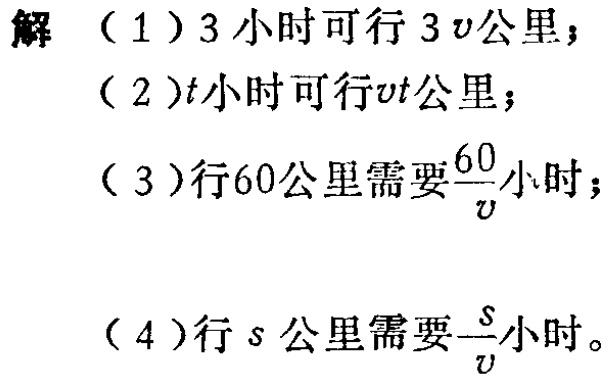
解

（1）3 小时可行 \(3v\)公里；

（2）\(t\)小时可行 \(vt\)公里；

（3）行60公里需要\(\frac{60}{v}\)小时；

（4）行 \(s\) 公里需要\(\frac{s}{v}\)小时。